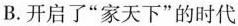
B.开启子“家天下”的时代